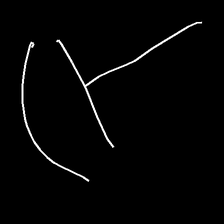
Glyph: dispersion